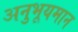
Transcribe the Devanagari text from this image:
अनुभूयमान